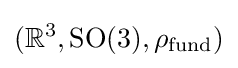
(\mathbb {R} ^{3},{\text{SO(3)}},\rho _{\text{fund}})